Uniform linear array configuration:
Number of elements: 32
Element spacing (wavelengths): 1
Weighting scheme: uniform
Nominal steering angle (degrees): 45
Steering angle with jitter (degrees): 44.463
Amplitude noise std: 0.05
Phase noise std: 0.05

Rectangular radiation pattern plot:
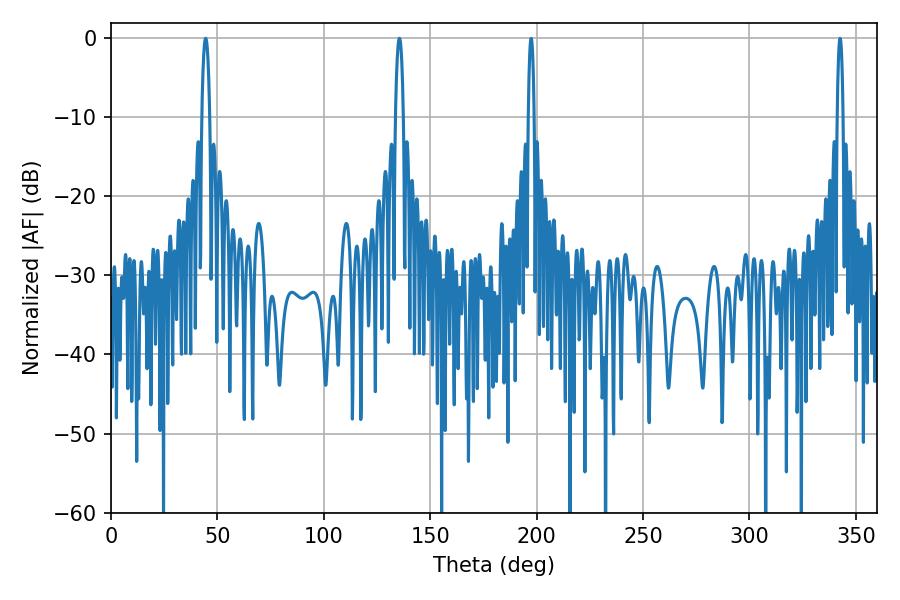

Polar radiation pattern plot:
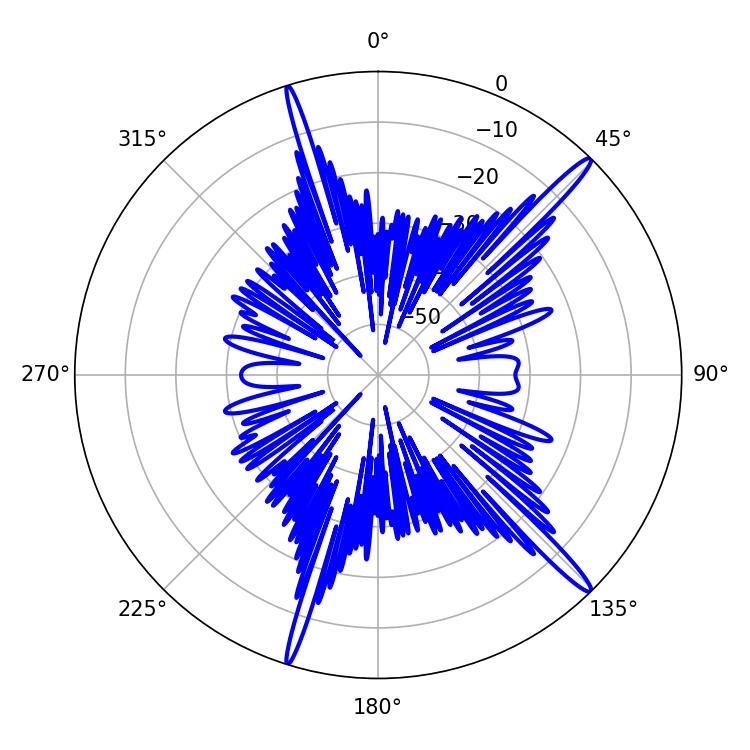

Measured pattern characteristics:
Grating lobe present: TRUE
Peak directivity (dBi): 16.839
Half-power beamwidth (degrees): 2.16
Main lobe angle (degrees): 44.46